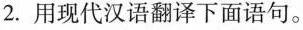
2.用现代汉语翻译下面语句